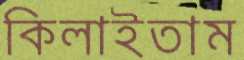
কিলাইতাম